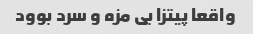
واقعا پیتزا بی مزه و سرد بوود